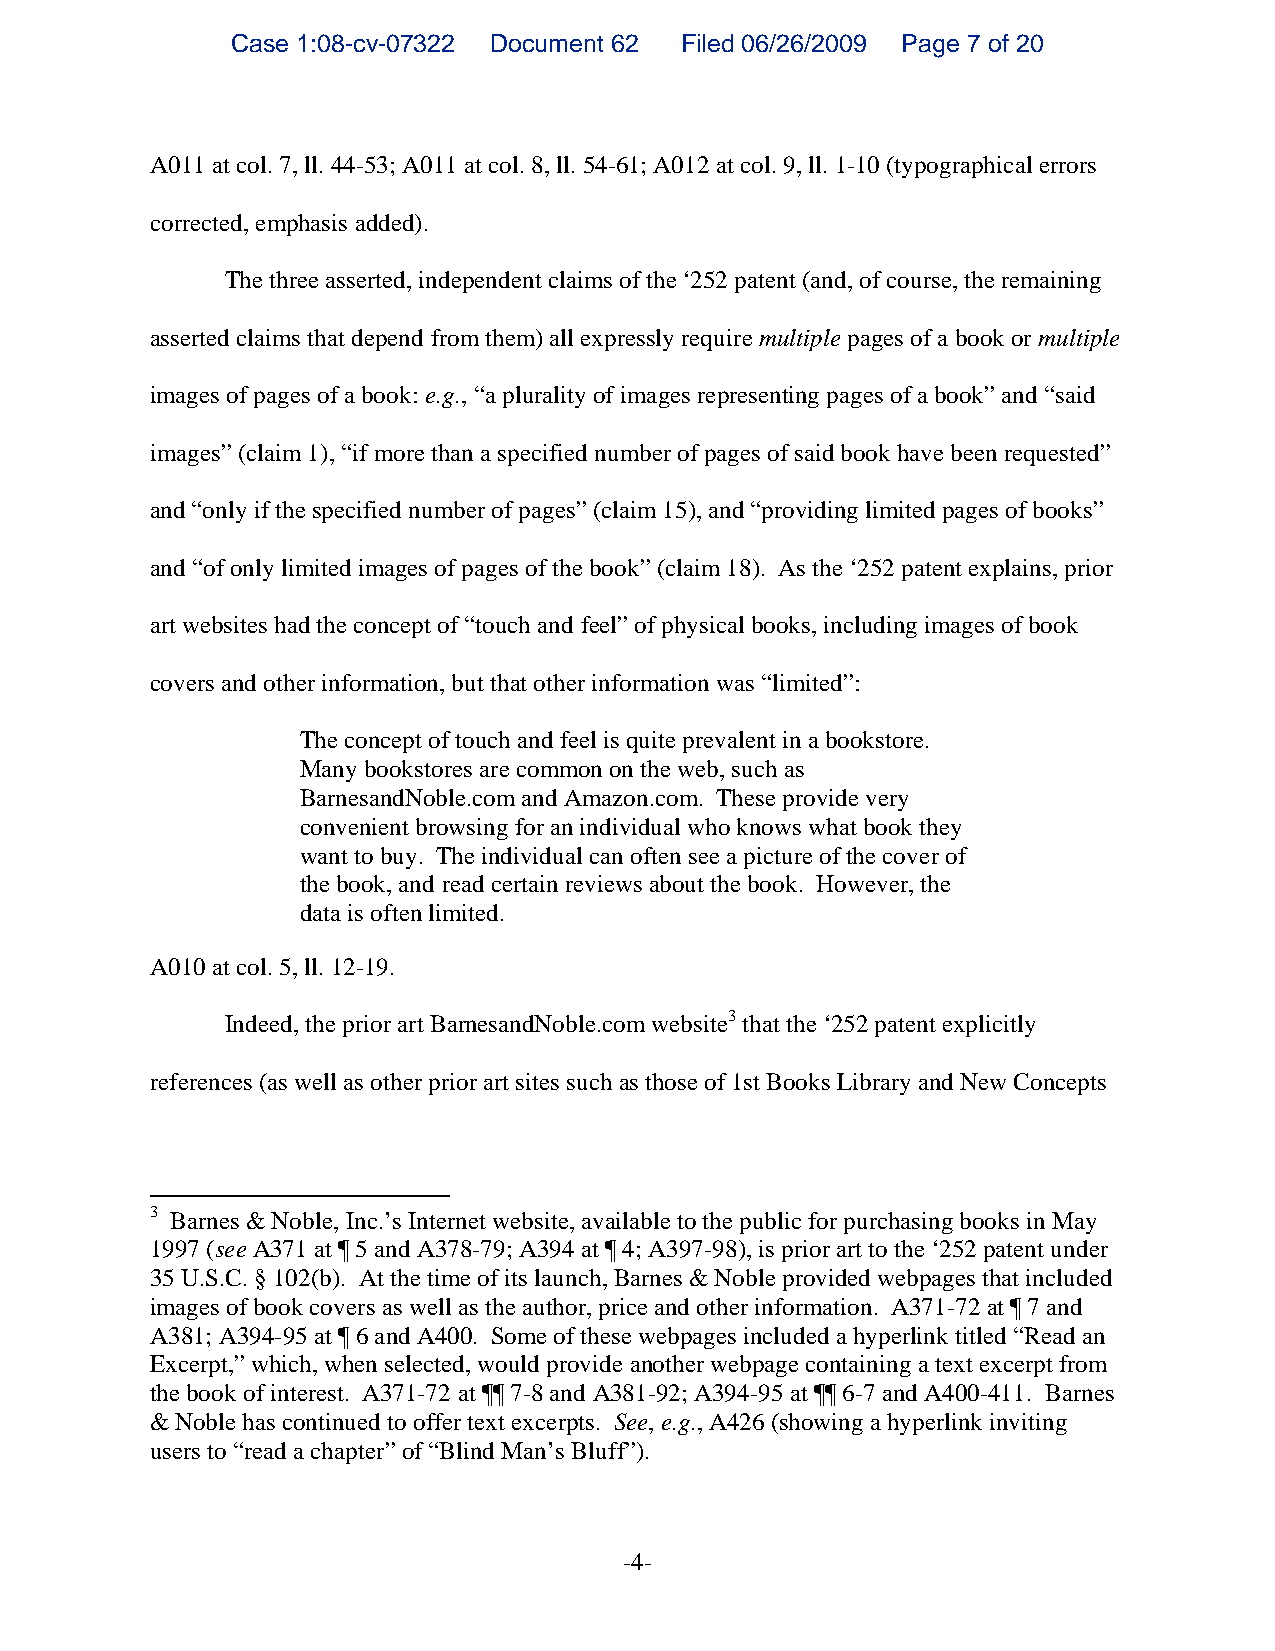
Case 1:08-cv-07322 Document 62 Filed 06/26/2009 Page 7 of 20
 A011 at col. 7, ll. 44-53; A011 at col. 8, ll. 54-61; A012 at col. 9, ll. 1-10 (typographical errors
 corrected, emphasis added).
 The three asserted, independent claims of the ‘252 patent (and, of course, the remaining
 asserted claims that depend from them) all expressly require multiple pages of a book or multiple
 images of pages of a book: e.g., “a plurality of images representing pages of a book” and “said
 images” (claim 1), “if more than a specified number of pages of said book have been requested”
 and “only if the specified number of pages” (claim 15), and “providing limited pages of books”
 and “of only limited images of pages of the book” (claim 18). As the ‘252 patent explains, prior
 art websites had the concept of “touch and feel” of physical books, including images of book
 covers and other information, but that other information was “limited”:
 The concept of touch and feel is quite prevalent in a bookstore.
 Many bookstores are common on the web, such as
 BarnesandNoble.com and Amazon.com. These provide very
 convenient browsing for an individual who knows what book they
 want to buy. The individual can often see a picture of the cover of
 the book, and read certain reviews about the book. However, the
 data is often limited.
 A010 at col. 5, ll. 12-19.
 Indeed, the prior art BarnesandNoble.com website3 that the ‘252 patent explicitly
 references (as well as other prior art sites such as those of 1st Books Library and New Concepts
 3 Barnes & Noble, Inc.’s Internet website, available to the public for purchasing books in May
 1997 (see A371 at ¶ 5 and A378-79; A394 at ¶ 4; A397-98), is prior art to the ‘252 patent under
 35 U.S.C. § 102(b). At the time of its launch, Barnes & Noble provided webpages that included
 images of book covers as well as the author, price and other information. A371-72 at ¶ 7 and
 A381; A394-95 at ¶ 6 and A400. Some of these webpages included a hyperlink titled “Read an
 Excerpt,” which, when selected, would provide another webpage containing a text excerpt from
 the book of interest. A371-72 at ¶¶ 7-8 and A381-92; A394-95 at ¶¶ 6-7 and A400-411. Barnes
 & Noble has continued to offer text excerpts. See, e.g., A426 (showing a hyperlink inviting
 users to “read a chapter” of “Blind Man’s Bluff”).
 -4-